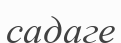
садаге